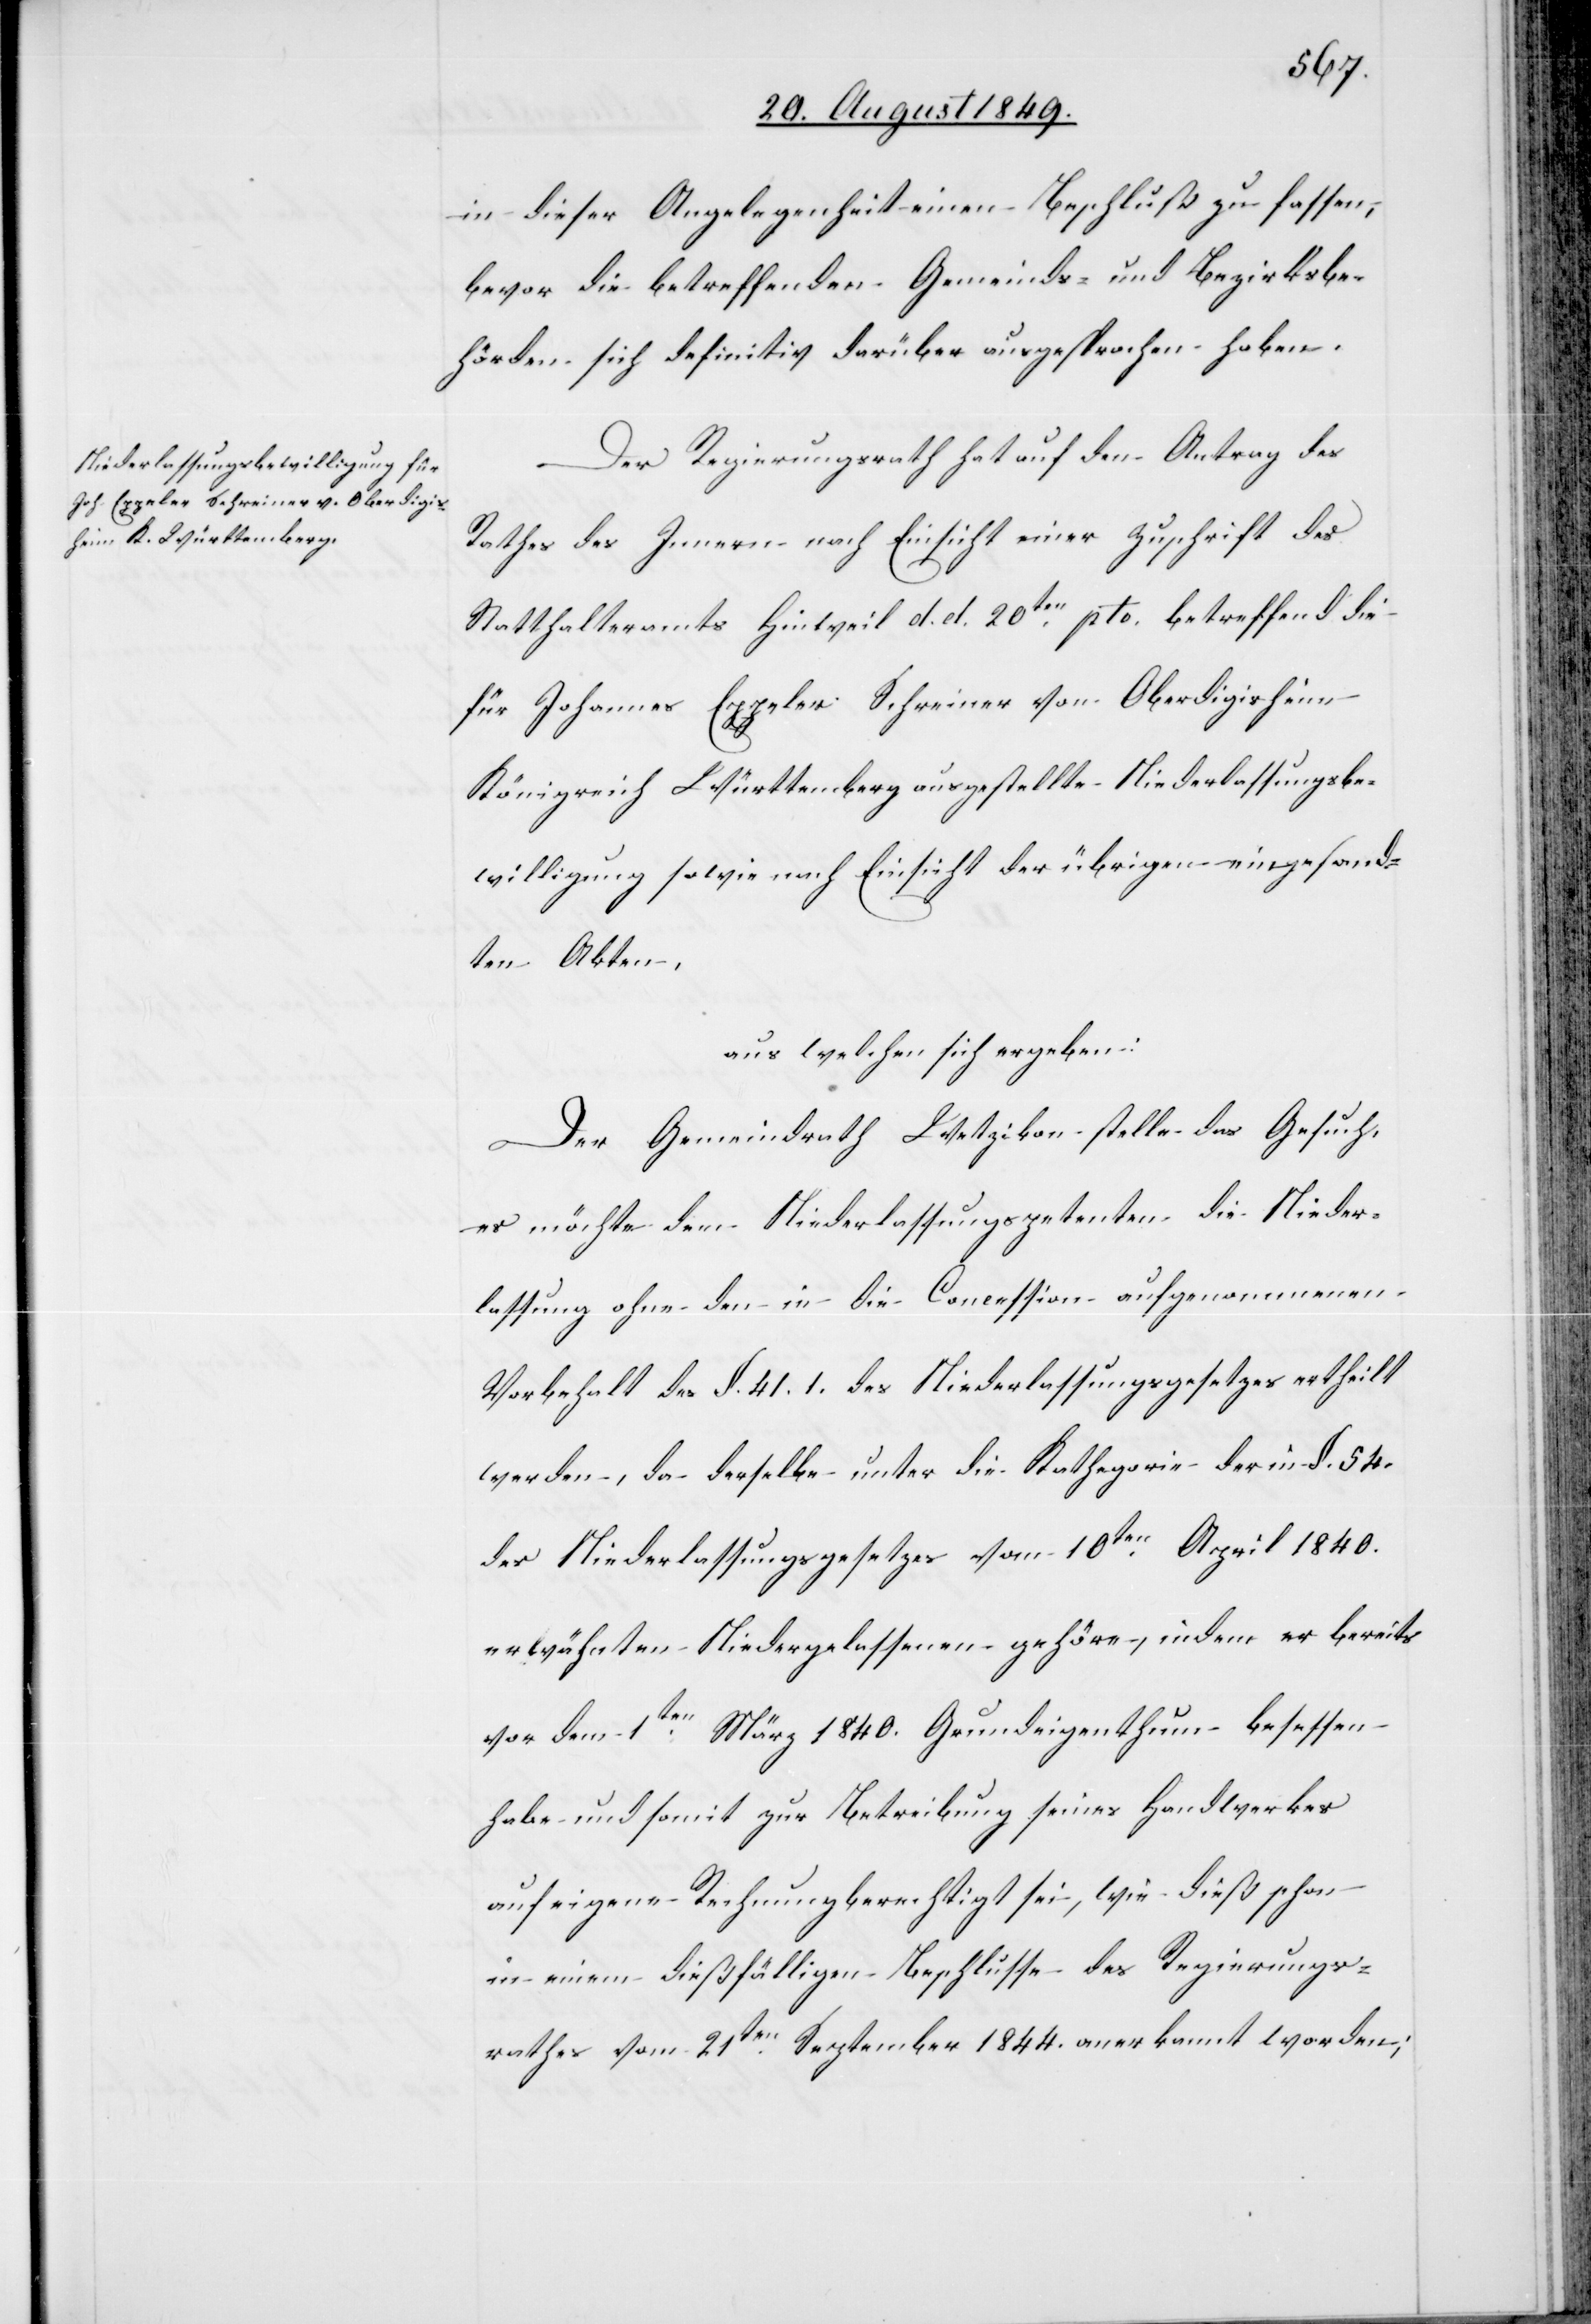
in dieser Angelegenheit einen Beschluß zu fassen,
bevor die betreffenden Gemeinds- und Bezirksbe¬
hörden sich definitiv darüber ausgesprochen haben.
Der Regierungsrath hat auf den Antrag des
Rathes des Innern nach Einsicht einer Zuschrift des
Statthalteramts Hinweil d. d. 20ten pto. betreffend die
für Johannes Eppeler Schreiner von Oberdigisheim
Königreich Württemberg ausgestellte Niederlassungsbe¬
willigung sowie nach Einsicht der übrigen eingesand¬
ten Akten,
aus welchen sich ergeben:
Der Gemeindrath Wetzikon stelle das Gesuch,
es möchte dem Niederlassungspetenten die Nieder¬
lassung ohne den in die Concession aufgenommenen
Vorbehalt des §. 41.1. des Niederlassungsgesetzes ertheilt
werden, da derselbe unter die Kathegorie der in §. 54.
des Niederlassungsgesetzes vom 10ten April 1840.
erwähnten Niedergelassenen gehöre, indem er bereits
vor dem 1ten März 1840. Grundeigenthum besessen
habe und somit zur Betreibung seines Handwerkes
auf eigene Rechnung berechtigt sei, wie dieß schon
in einem dießfälligen Beschlusse des Regierungs¬
rathes vom 21ten September 1844. anerkannt worden;